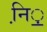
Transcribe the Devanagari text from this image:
नि़़॒